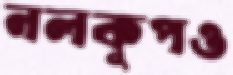
নলকূপও